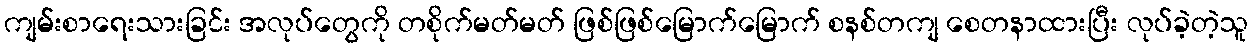
ကျမ်းစာရေးသားခြင်း အလုပ်တွေကို တစိုက်မတ်မတ် ဖြစ်ဖြစ်မြောက်မြောက် စနစ်တကျ စေတနာထားပြီး လုပ်ခဲ့တဲ့သူ